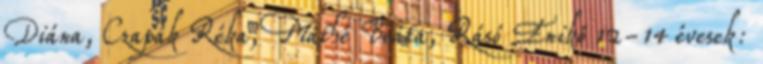
Diána, Czapák Réka, Máthé Beáta, Rásó Enikő 12-14 évesek: